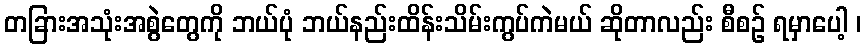
တခြားအသုံးအစွဲတွေကို ဘယ်ပုံ ဘယ်နည်းထိန်းသိမ်းကွပ်ကဲမယ် ဆိုတာလည်း စီစဉ် ရမှာပေါ့ ၊